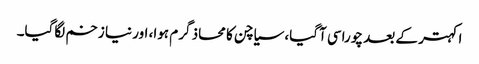
اکہتر کے بعد چوراسی آگیا، سیاچن کا محاذ گرم ہوا، اور نیا زخم لگاگیا۔